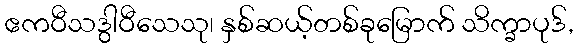
ဧကဝီသဒွါဝီသေသု၊ နှစ်ဆယ့်တစ်ခုမြောက် သိက္ခာပုဒ်,